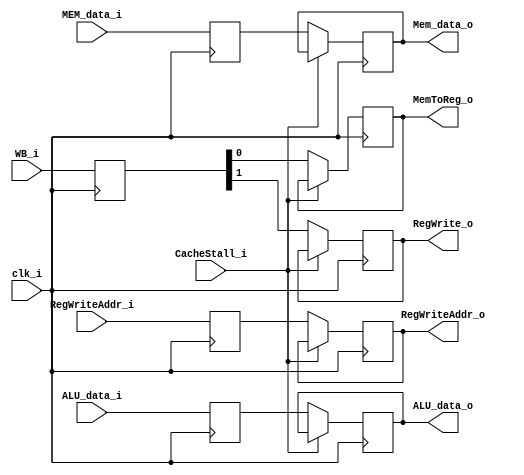
module MEM_WB(
  input             clk_i,
  input      [1:0]  WB_i,
  input      [31:0] MEM_data_i,
  input      [31:0] ALU_data_i,
  input      [4:0]  RegWriteAddr_i,
  input      		CacheStall_i,
  output reg        RegWrite_o,
  output reg        MemToReg_o,
  output reg [31:0] Mem_data_o,
  output reg [31:0] ALU_data_o,
  output reg [4:0]  RegWriteAddr_o
);

reg [31:0] MEM_data, ALU_data;
reg [5:0] RegWriteAddr;
reg [1:0] WB;

always @(posedge clk_i) begin
	//if (CacheStall_i) begin end
  //else begin
    WB = WB_i;
  	MEM_data <= MEM_data_i;
  	ALU_data <= ALU_data_i;
  	RegWriteAddr <= RegWriteAddr_i;
  //end
end

always @(negedge clk_i) begin 
  if (CacheStall_i) begin end
  else begin
  	RegWrite_o <= WB[1];
  	MemToReg_o <= WB[0];
  	Mem_data_o <= MEM_data;
  	ALU_data_o <= ALU_data;
  	RegWriteAddr_o <= RegWriteAddr;
  end
end

endmodule